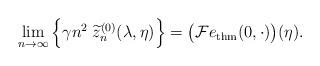
LaTeX: \begin{align*} \lim_{n\to\infty}\Big\{ \gamma n^2\; \vphantom{\bigg(}\widetilde{z}_n^{(0)} (\lambda,\eta) \Big\} = \big(\mathcal Fe_{\rm{thm}}(0,\cdot)\big)(\eta). \end{align*}